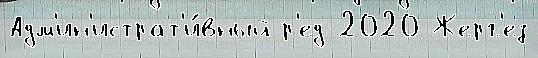
Адм'ин'истрат'и́вный р'ед 2020 Жерг'ез